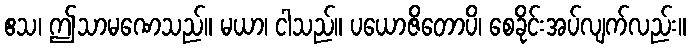
ဧသ၊ ဤသာမဏေသည်။ မယာ၊ ငါသည်။ ပယောဇိတောပိ၊ စေခိုင်းအပ်လျက်လည်း။